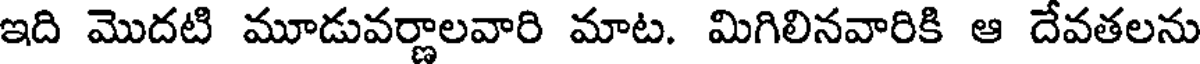
ఇది మొదటి మూడువర్ణాలవారి మాట. మిగిలినవారికి ఆ దేవతలను